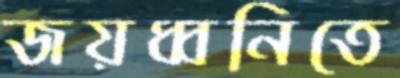
জয়ধ্বনিতে